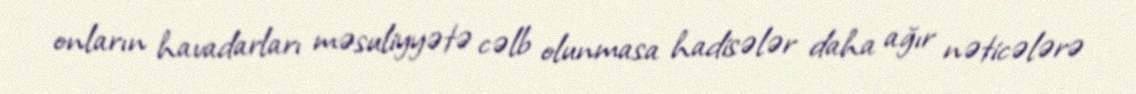
onların havadarları məsuliyyətə cəlb olunmasa hadisələr daha ağır nəticələrə